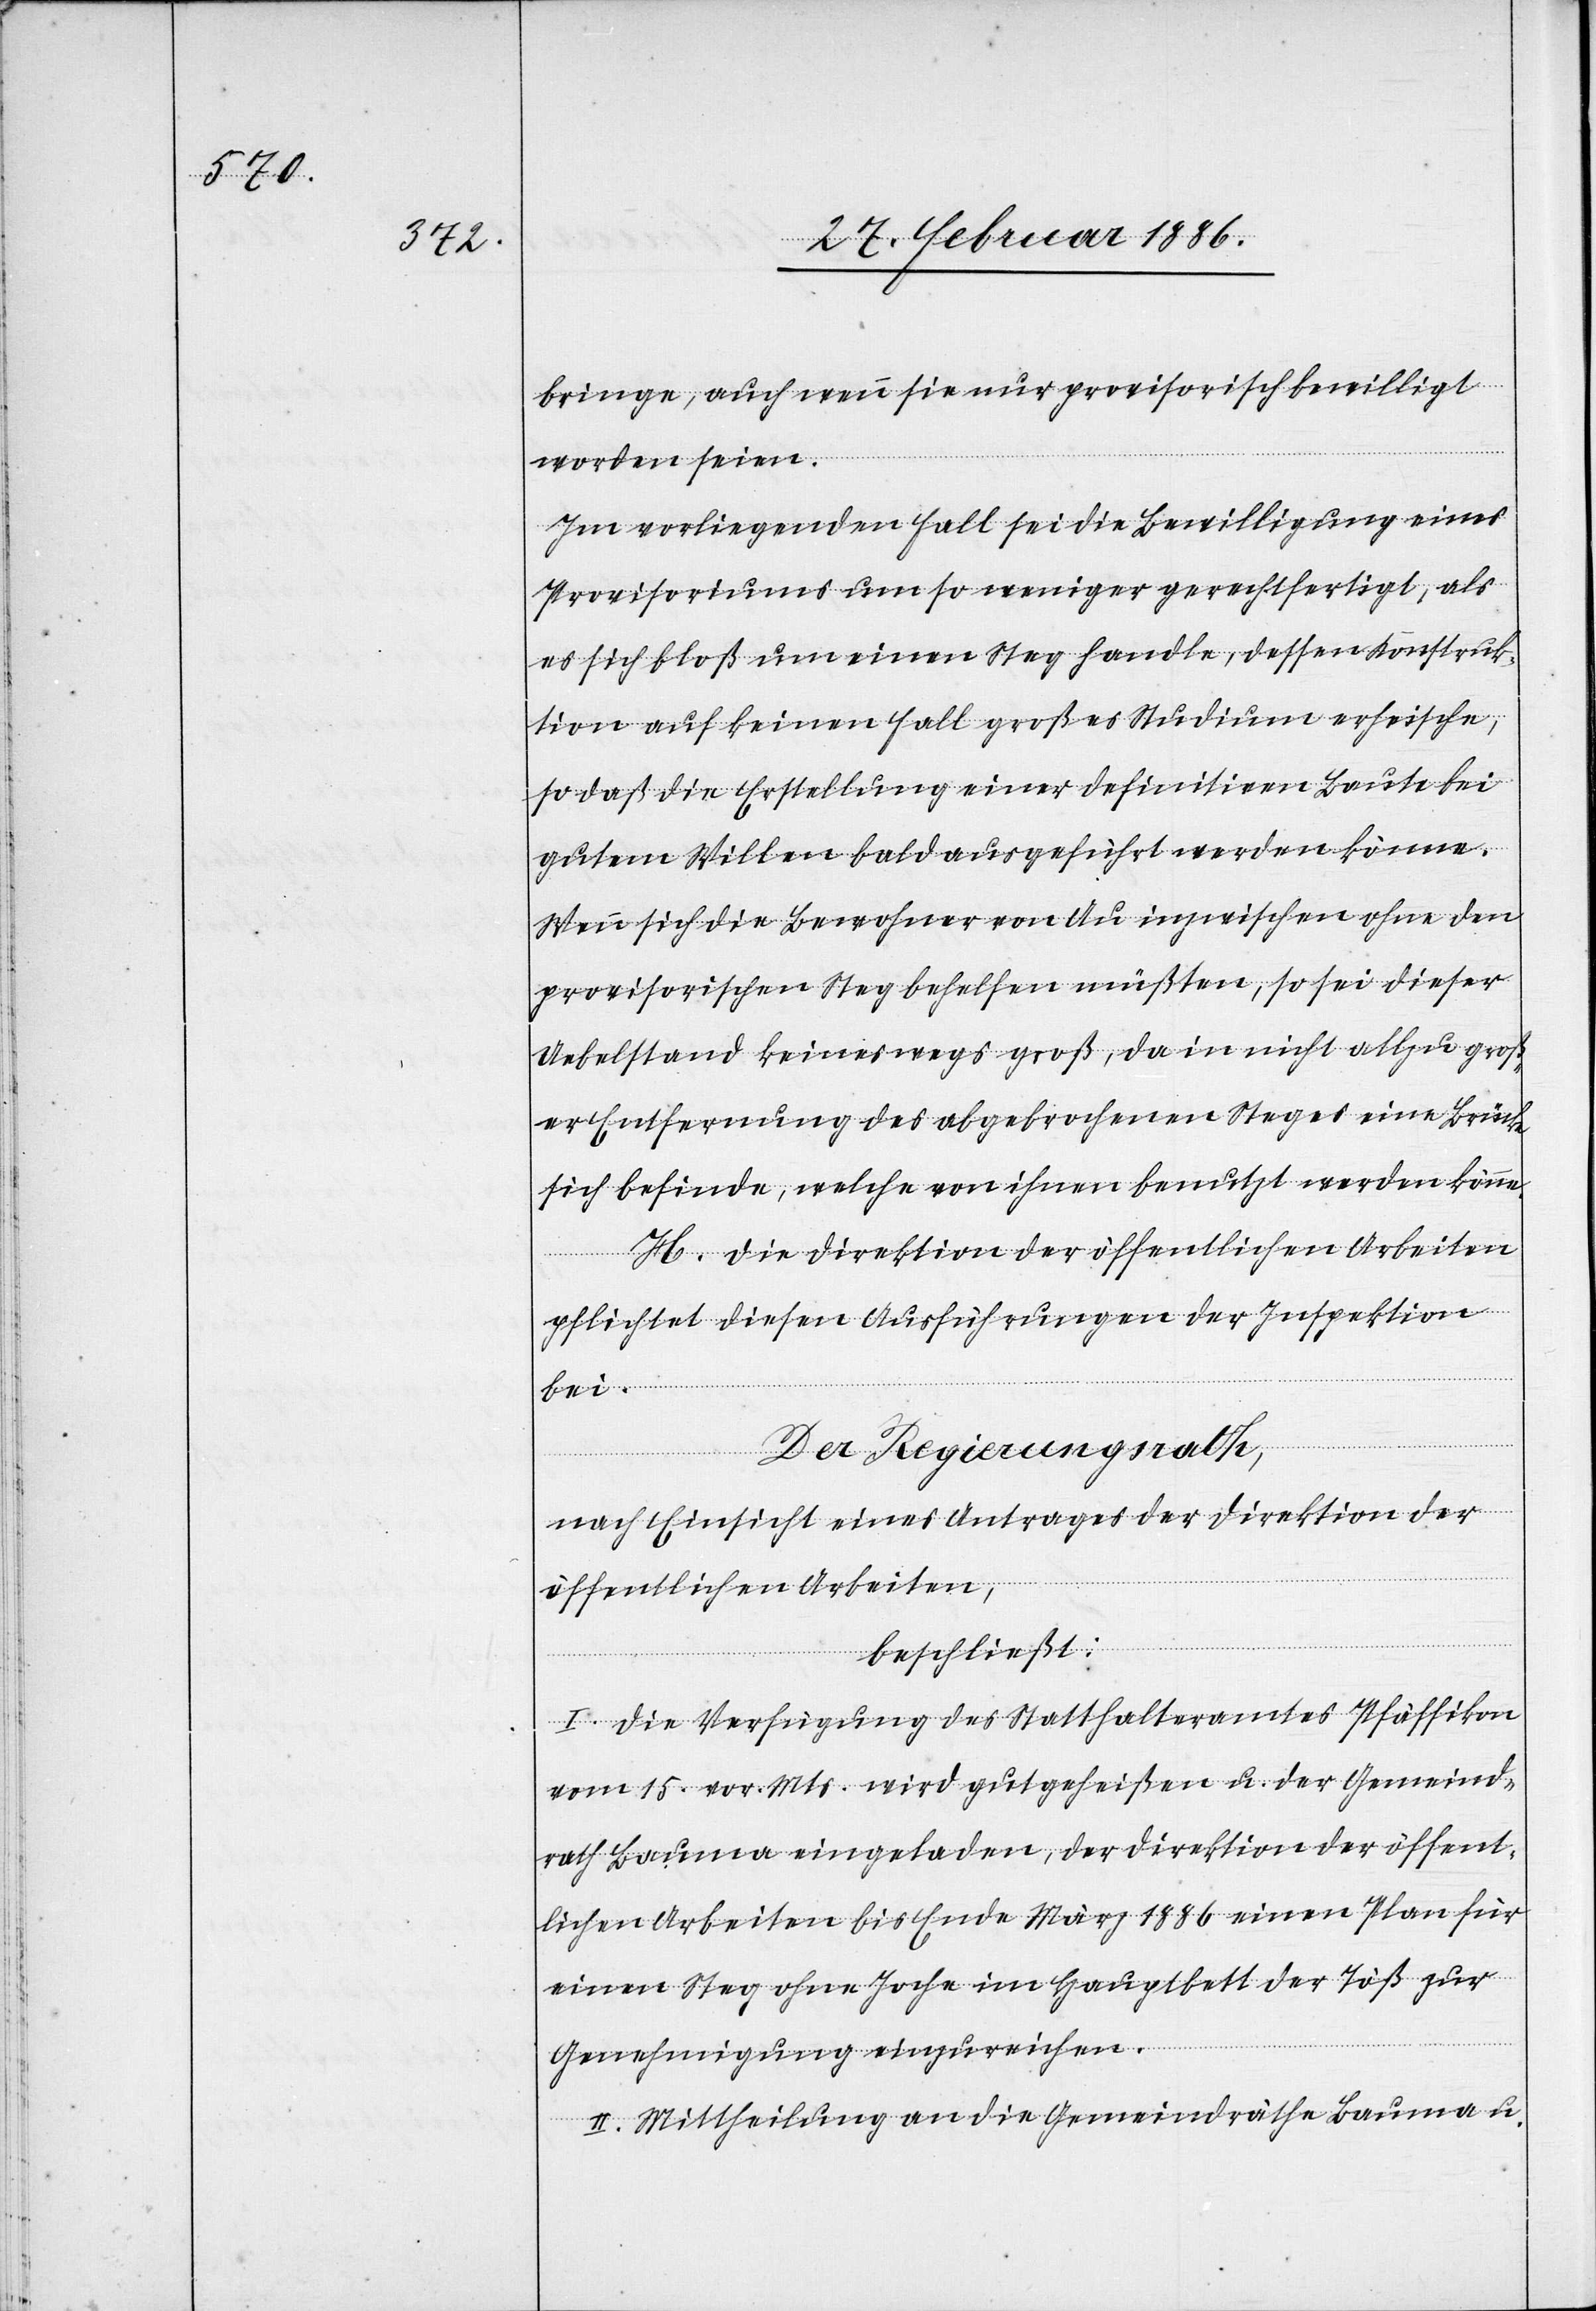
bringe, auch wenn sie nur provisorisch bewilligt
worden seien.
Im vorliegenden Fall sei die Bewilligung eines
Provisoriums um so weniger gerechtfertigt, als
es sich bloß um einen Steg handle, dessen Konstruk¬
tion auf keinen Fall großer Studien erheische,
so daß die Erstellung einer definitiven Baute bei
gutem Willen bald ausgeführt werden können.
Wenn sich die Bewohner von Au inzwischen ohne den
provisorischen Steg behelfen mußten, so sei dieser
Uebelstand keineswegs groß, da in nicht allzu groß¬
er Entfernung des abgebrochenen Steges eine Brücke
sich befinde, welche von ihnen benutzt werden könne.
H. Die Direktion der öffentlichen Arbeiten
pflichtet diesen Ausführungen der Inspektion
bei.
Der Regierungsrath,
nach Einsicht eines Antrages der Direktion der
öffentlichen Arbeiten,
beschließt:
I. Die Verfügung des Statthalteramtes Pfäffikon
vom 15. vor. Mts. wird gutgeheißen u. der Gemeind¬
rath Bauma eingeladen, der Direktion der öffent¬
lichen Arbeiten bis Ende März 1886 einen Plan für
einen Steg ohne Joche im Hauptbett der Töß zur
Genehmigung einzureichen.
II. Mittheilung an die Gemeindräthe Bauma u.